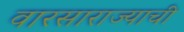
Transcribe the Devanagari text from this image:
वारसाराज्याची